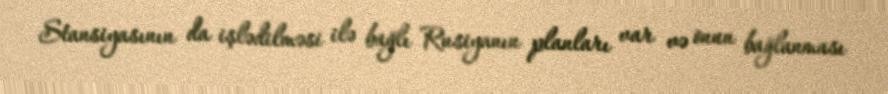
Stansiyasının da işlədilməsi ilə bağlı Rusiyanın planları var və onun bağlanması